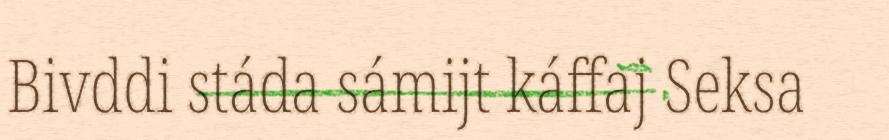
Bivddi stáda sámijt káffaj Seksa